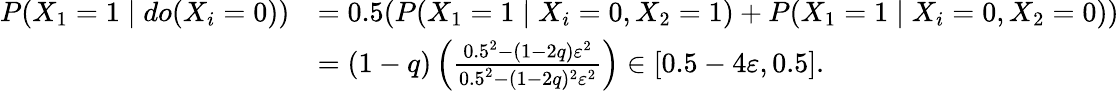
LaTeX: \begin{array}{rl}{P(X_{1}=1\mid do(X_{i}=0))}&{=0.5(P(X_{1}=1\mid X_{i}=0,X_{2}=1)+P(X_{1}=1\mid X_{i}=0,X_{2}=0))}\\ &{=(1-q)\left(\frac{0.5^{2}-(1-2q)\varepsilon^{2}}{0.5^{2}-(1-2q)^{2}\varepsilon^{2}}\right)\in[0.5-4\varepsilon,0.5].}\end{array}